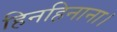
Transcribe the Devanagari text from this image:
हिनहिनाना।